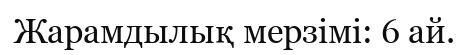
Жарамдылық мерзімі: 6 ай.